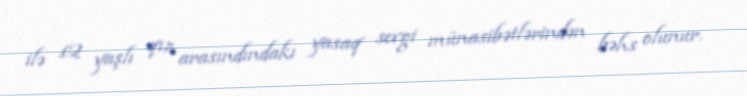
ilə 12 yaşlı qız arasındındakı yasaq sevgi münasibətlərindən bəhs olunur.